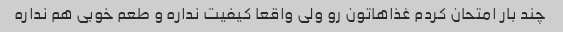
چند بار امتحان کردم غذاهاتون رو ولی واقعا کیفیت نداره و طعم خوبی هم نداره